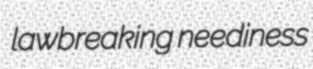
lawbreaking neediness